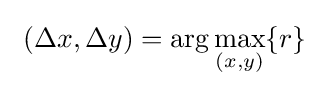
\ (\Delta x,\Delta y)=\arg \max _{(x,y)}\{r\}